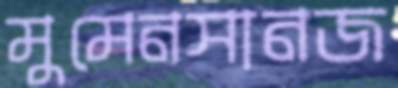
মুমেনসানজ